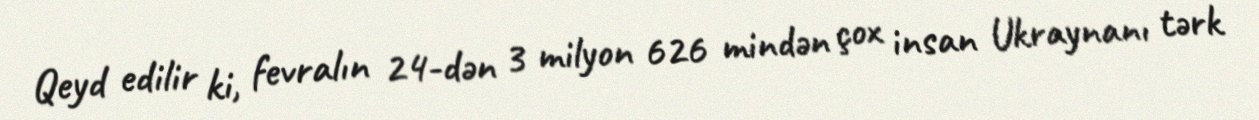
Qeyd edilir ki, fevralın 24-dən 3 milyon 626 mindən çox insan Ukraynanı tərk